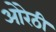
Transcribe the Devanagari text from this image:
ओरेठी